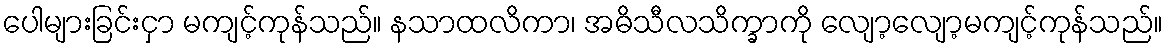
ပေါများခြင်းငှာ မကျင့်ကုန်သည်။ နသာထလိကာ၊ အဓိသီလသိက္ခာကို လျော့လျော့မကျင့်ကုန်သည်။